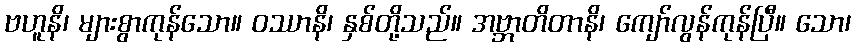
ဗဟူနိ၊ များစွာကုန်သော။ ဝဿာနိ၊ နှစ်တို့သည်။ အဗ္ဘာတိတာနိ၊ ကျော်လွန်ကုန်ပြီ။ သော၊